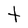
Character: t